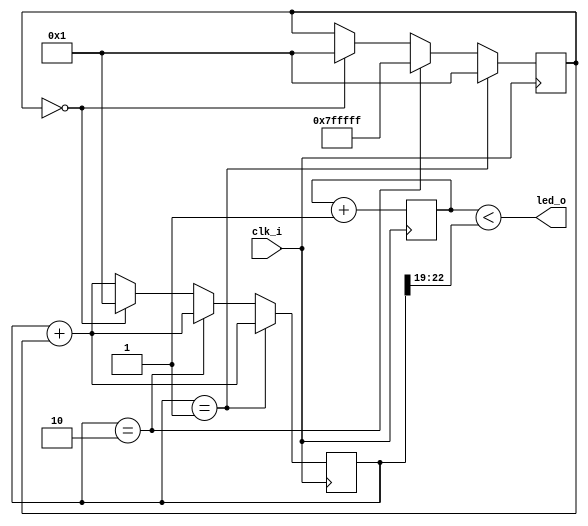
// Generated by MyHDL 0.11


`timescale 1ns/10ps

module wax_wane (
    clk_i,
    led_o
);


input clk_i;
output led_o;
wire led_o;

reg [22:0] rampout;
reg [3:0] k_cnt;
reg [22:0] chunk_insts_0_delta;



always @(posedge clk_i) begin: WAX_WANE_LOC_INSTS_CHUNK_INSTS_0_LOC_INSTS_CHUNK_INSTS_K
    rampout <= (rampout + chunk_insts_0_delta);
    if ((rampout == 1)) begin
        chunk_insts_0_delta <= 1;
    end
    else if (($signed({1'b0, rampout}) == (8388608 - 2))) begin
        chunk_insts_0_delta <= (-1);
    end
    else if ((chunk_insts_0_delta == 0)) begin
        chunk_insts_0_delta <= 1;
        rampout <= 1;
    end
end



assign led_o = (k_cnt < rampout[23-1:19]);


always @(posedge clk_i) begin: WAX_WANE_LOC_INSTS_CHUNK_INSTS_K_LOC_INSTS_CHUNK_INSTS_K
    k_cnt <= (k_cnt + 1);
end

endmodule